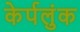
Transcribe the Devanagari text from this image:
केर्पलुंक